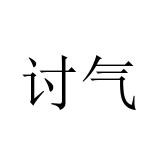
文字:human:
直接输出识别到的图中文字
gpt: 讨气